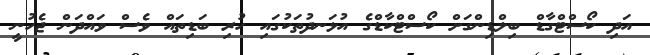
އަދި ކޯސްޓްގާޑް ބިލްޑިންގަށް ކޯސްޓްކާޑްގެ އުޅަނދުތަކުގައި ހުރި ބަޑިތައް ވެސް ވައްދަން ޖެހުނީ